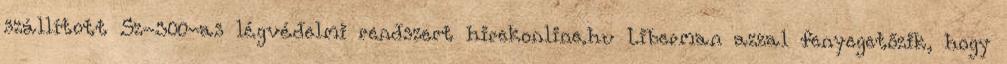
szállított Sz-300-as légvédelmi rendszert hirekonline.hu Liberman azzal fenyegetőzik, hogy